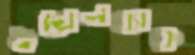
ওয়েলব্যাক